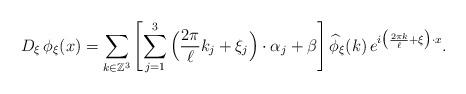
LaTeX: \begin{align*}D_{\xi}\,\phi_\xi(x)=\sum_{k\in \mathbb{Z}^3}\left[\sum_{j=1}^3\Big(\frac{2\pi}{\ell}k_j+\xi_j\Big)\cdot\alpha_j+\beta\right]\widehat{\phi}_{\xi}(k)\,e^{i\big(\frac{2\pi k}{\ell}+\xi\big)\cdot x}.\end{align*}